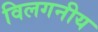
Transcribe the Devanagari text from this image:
विलगनीय